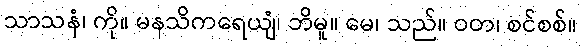
သာသနံ၊ ကို။ မနသိကရေယျံ၊ ဘိမူ။ မေ၊ သည်။ ဝတ၊ စင်စစ်။